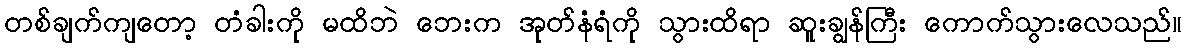
တစ်ချက်ကျတော့ တံခါးကို မထိဘဲ ဘေးက အုတ်နံရံကို သွားထိရာ ဆူးချွန်ကြီး ကောက်သွားလေသည်။